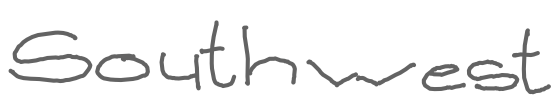
Text: southwest
Cross-out: clean
Writing tool: digital_gray